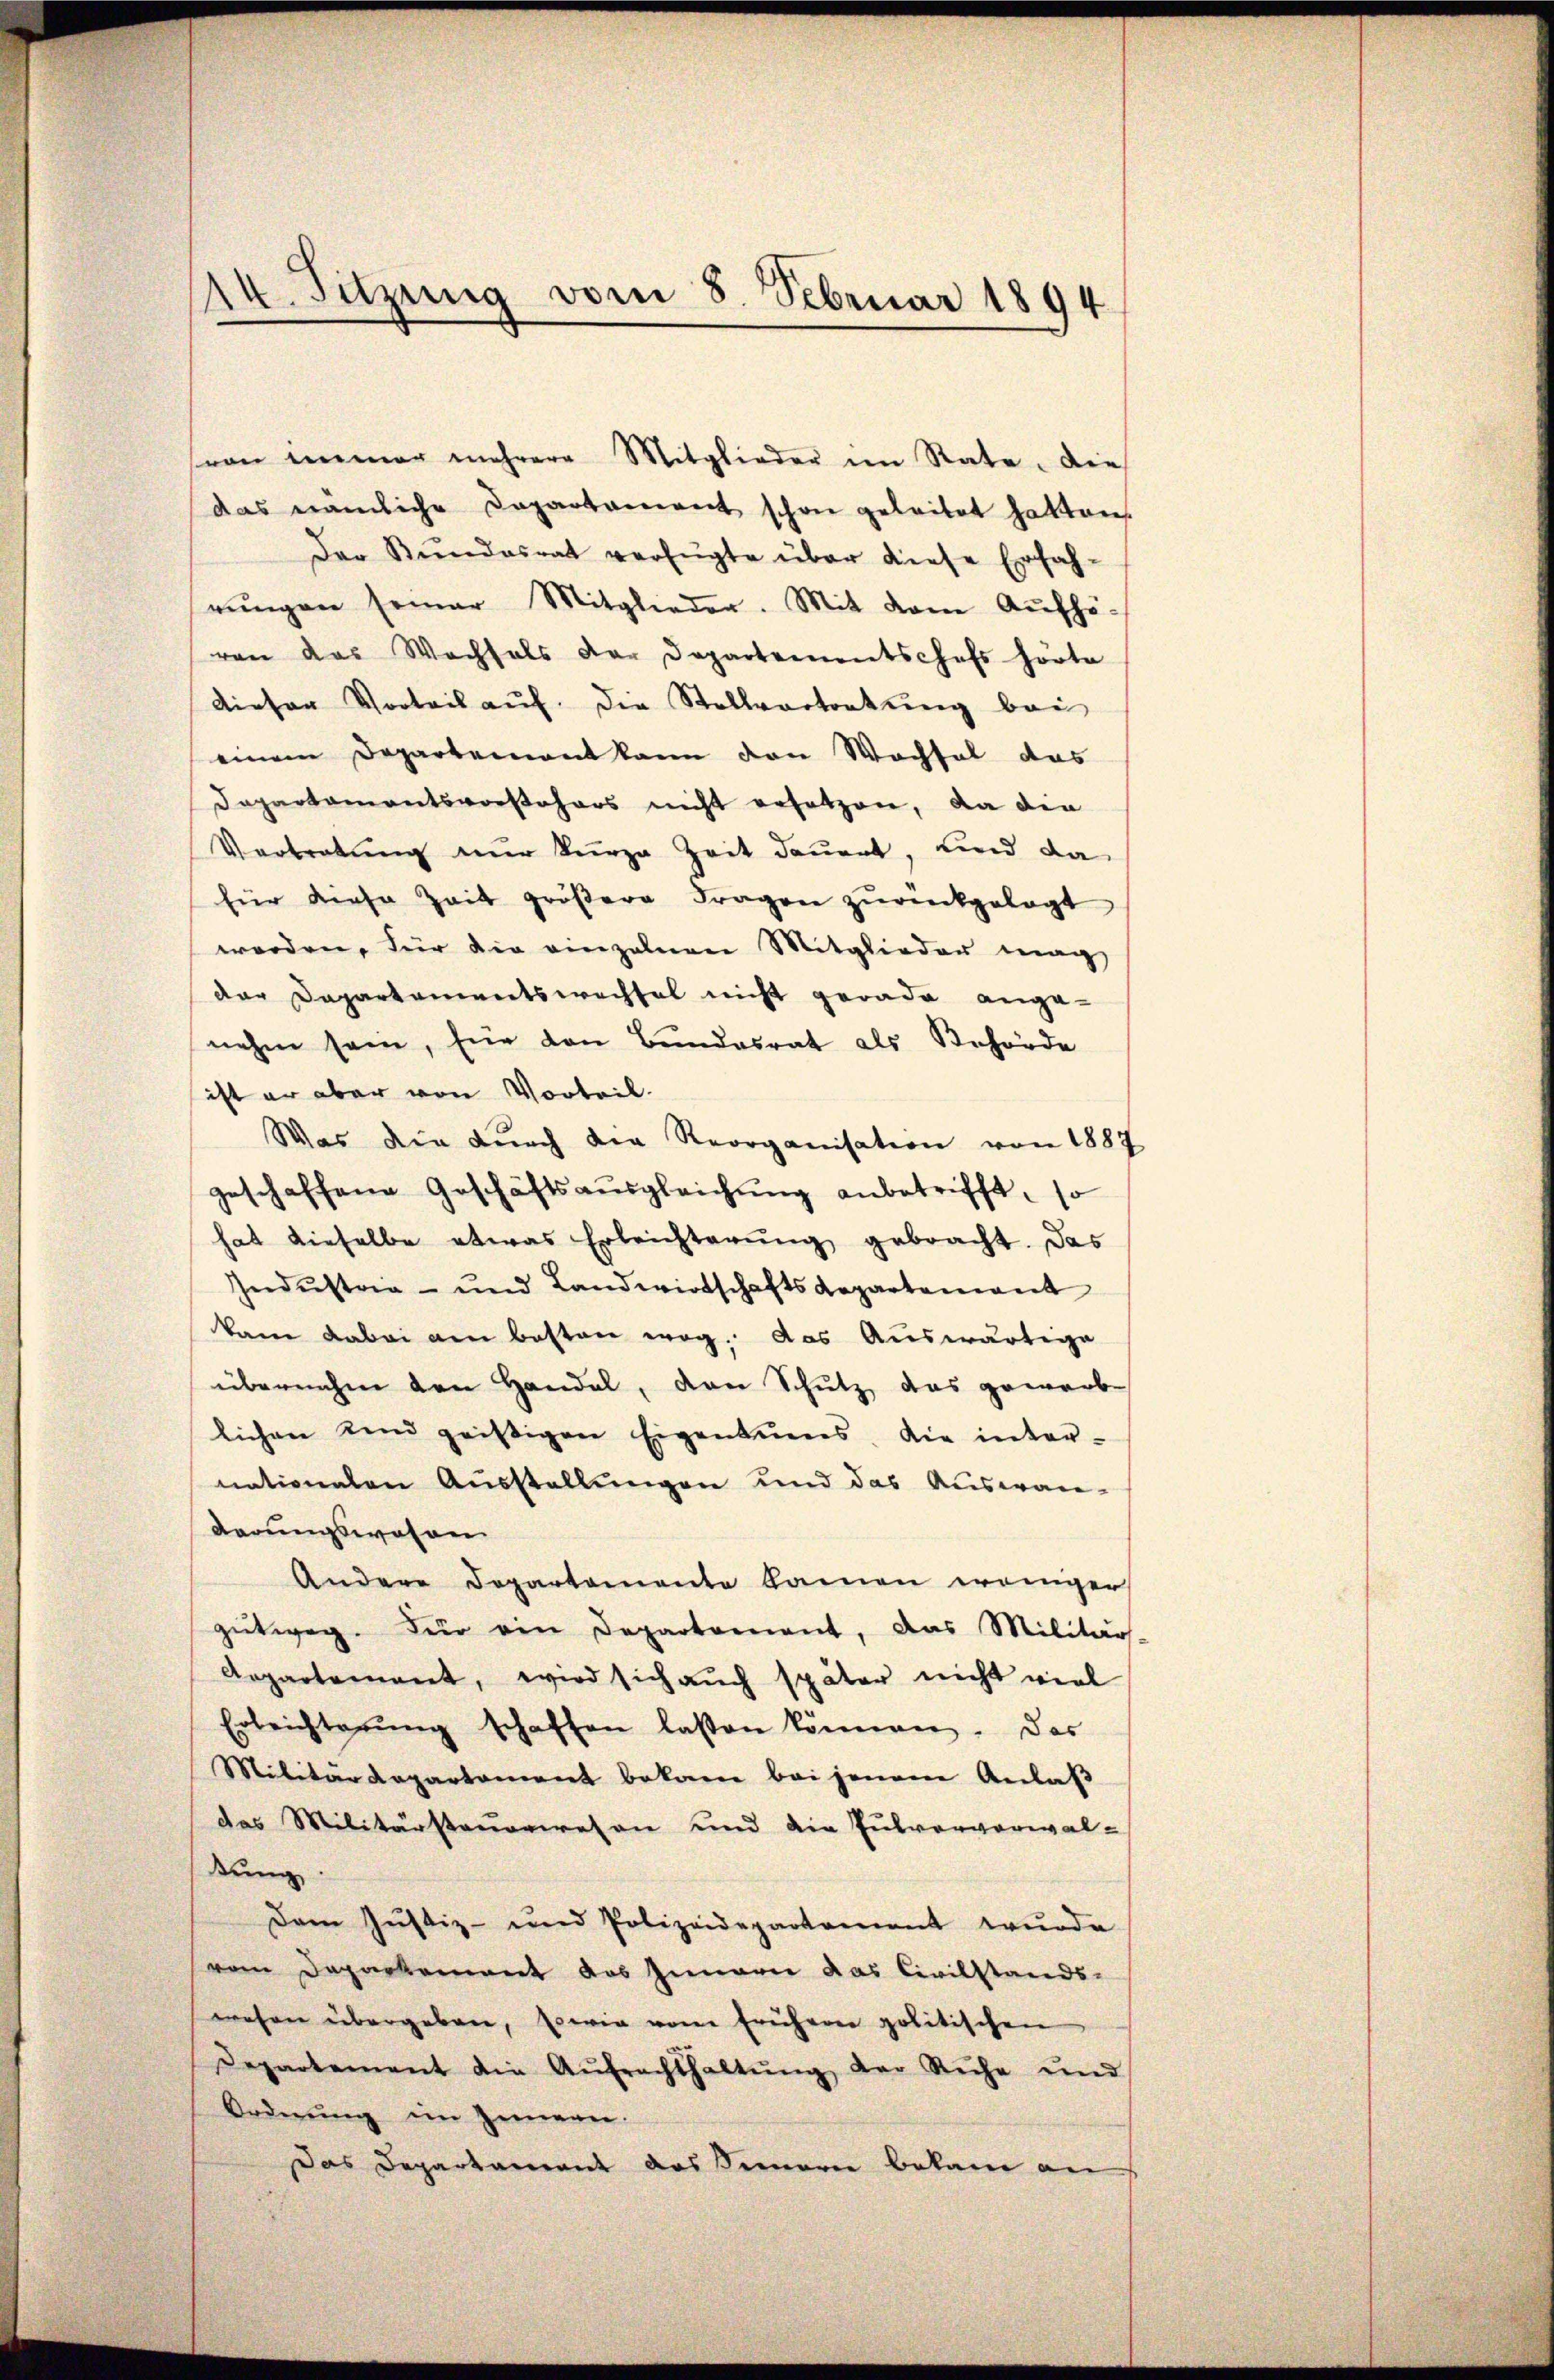
14. Sitzung vom 8. Februar 1894

das nämliche Departament schon geleitet hatten.
Der Stundesrat verfügte über diese Erfah-
rŭngen seiner Mitglieder. Mit dem Aufhö-
von das Wachsals der Departementschefs hörte
dieser Vorteil aŭf die Stellvertretŭng bei
einem Departement kann den Wachsel das
Dapartamentsvorstehers nicht ersetzen, da die
Vortretung nur kurze Zeit dauert, und da
für diese Zeit gröβere Fragen zŭrückgelegt
worden, für die einzelnen Mitglieder mag,
der Departementswechsel nicht gerade ange-
nahm sein, für den Bundesrat als Behörde
ist er aber von Vorteil.
Was die durch die Reorganisation von 1887
geschaffene Geschäftsaŭsgleichŭng anbetrifft, so
hat dieselbe etwas Erleichterung gebracht. Das
Industria - und Landwirtschaftsdepartement
kam dabei am besten weg. das Auswärtige
übernahm den Handel, den Schutz, das gewarb-
lichen und geistigen Eigentuens. Die inter-
nationalen Ausstellungen und das Auswandarungswesen
Andere Departemente kamen weniger
getweg. Für ein Departement, das Militär
Aepartement, wird sich aŭch später nicht viel
Erleichterŭng schaften lassen können. Das
Militärdepartement bekam bei jenem Anlaß
das Militärsteuerwesen und die Pulververwal-
tŭng.
Dem Justiz- und Polizeidepartement wurde
vom Departement das Innern das Civilstands-
wehen übergeben, Es wie vom früheren politischen
Departement die Aŭfrachthaltŭng der Ruhe und
Ordnung im Innern.
Das Departament des Sennern bekam an

von immer mehrere Mitglieder im Rate. Die